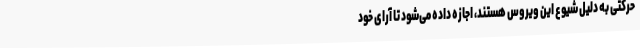
حرکتی به دلیل شیوع این ویروس هستند، اجازه داده می‌شود تا آرای خود